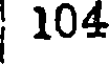
104